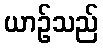
ယာဉ်သည်